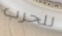
للحرب